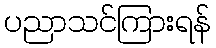
ပညာသင်ကြားရန်